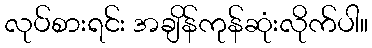
လုပ်စားရင်း အချိန်ကုန်ဆုံးလိုက်ပါ။